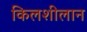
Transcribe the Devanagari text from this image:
किलशीलान